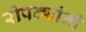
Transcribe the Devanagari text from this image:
रोपट्यांनी